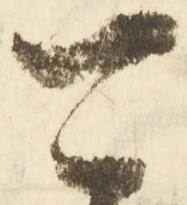
可